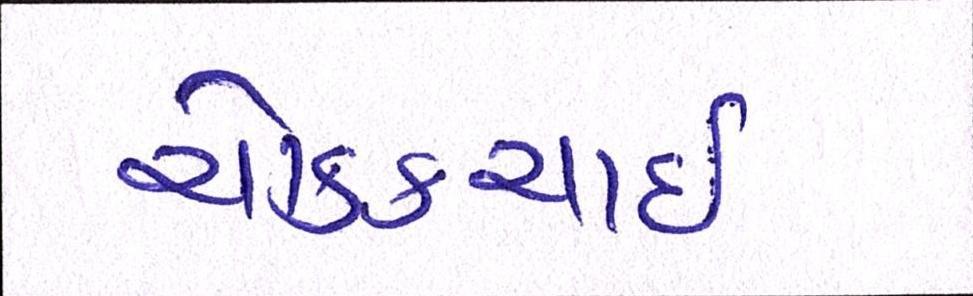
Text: ચોક્કચાઇ